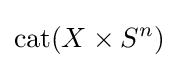
\operatorname {cat} (X\times S^{n})